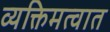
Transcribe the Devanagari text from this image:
व्यक्तिमत्वात